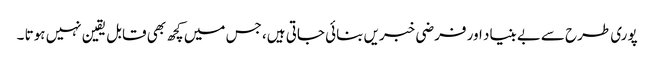
پوری طرح سےبے بنیاد اور فرضی خبریں بنائی جاتی ہیں، جس میں کچھ بھی قابل یقین نہیں ہوتا ۔